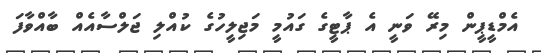
އެމްޑީޕީން މިރޭ ވަނީ އެ ޕާޓީގެ ގައުމީ މަޖިލީހުގެ ކުއްލި ޖަލްސާއެއް ބާއްވާފަ